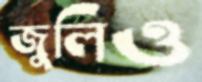
জুলিও